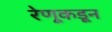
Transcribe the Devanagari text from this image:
रेणूकडून